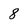
Character: 8